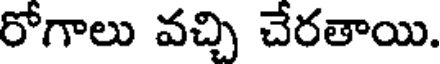
రోగాలు వచ్చి చేరతాయి.